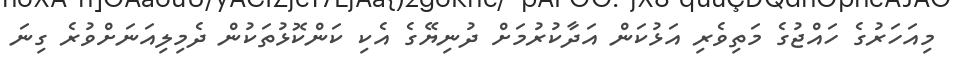
މިއަހަރުގެ ހައްޖުގެ މަތިވެރި އަޅުކަން އަދާކުރުމަށް ދުނިޔޭގެ އެކި ކަންކޮޅުތަކުން ދެމިލިއަނަށްވުރެ ގިނަ